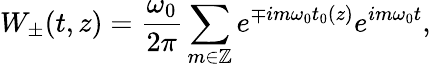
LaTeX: W_{\pm}(t,z)=\frac{\omega_{0}}{2\pi}\sum_{m\in\mathbb{Z}}e^{\mp im\omega_{0}t_{0}(z)}e^{im\omega_{0}t},